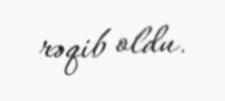
rəqib oldu.